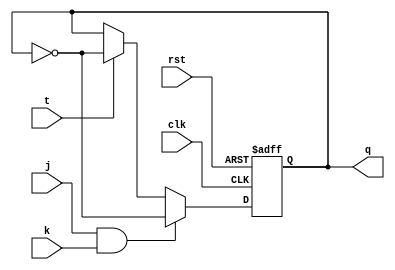
module tff_jk (
    input wire clk,
    input wire rst,
    input wire j,
    input wire k,
    input wire t,
    output reg q
);

always @(posedge clk or posedge rst)
begin
    if (rst)
        q <= 1'b0;
    else if (j && k)
        q <= ~q;
    else if (t)
        q <= ~q;
end

endmodule